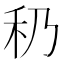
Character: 䄧